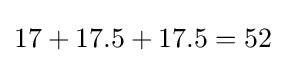
17+17.5+17.5=52